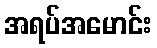
အရပ်အမောင်း